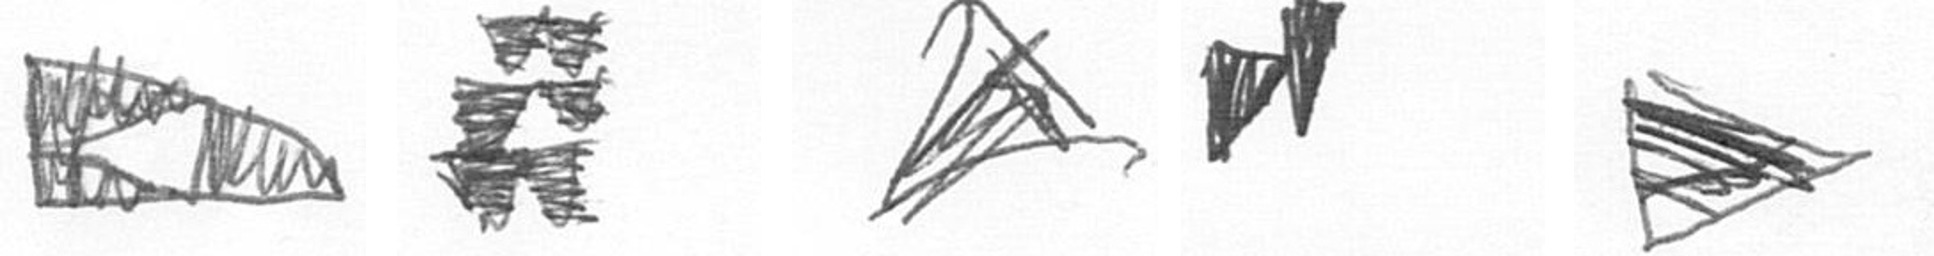
K Y O M T